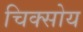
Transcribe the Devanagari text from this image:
चिक्सोय